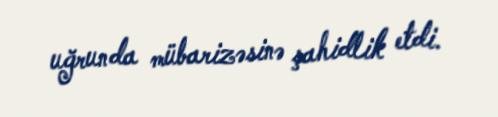
uğrunda mübarizəsinə şahidlik etdi.